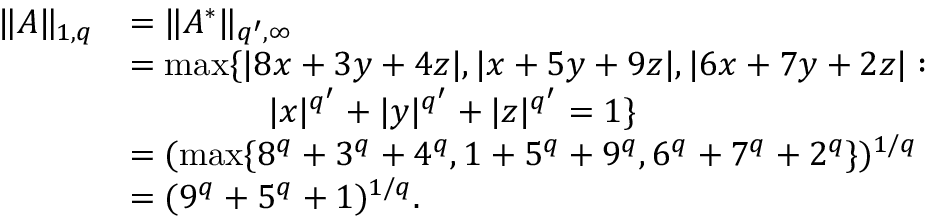
\begin{array} { r l } { \| A \| _ { 1 , q } } & { = \| A ^ { * } \| _ { q ^ { \prime } , \infty } } \\ & { = \operatorname* { m a x } \{ | 8 x + 3 y + 4 z | , | x + 5 y + 9 z | , | 6 x + 7 y + 2 z | : } \\ & { \qquad \qquad | x | ^ { q ^ { \prime } } + | y | ^ { q ^ { \prime } } + | z | ^ { q ^ { \prime } } = 1 \} } \\ & { = ( \operatorname* { m a x } \{ 8 ^ { q } + 3 ^ { q } + 4 ^ { q } , 1 + 5 ^ { q } + 9 ^ { q } , 6 ^ { q } + 7 ^ { q } + 2 ^ { q } \} ) ^ { 1 / q } } \\ & { = ( 9 ^ { q } + 5 ^ { q } + 1 ) ^ { 1 / q } . } \end{array}